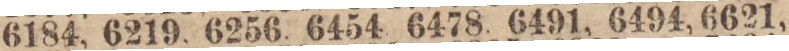
Kostnadsfri